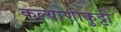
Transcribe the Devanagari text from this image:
कल्याणीकुट्टी